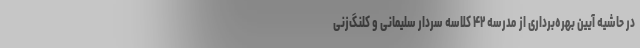
در حاشیه آیین بهره‌برداری از مدرسه ۴۲ کلاسه سردار سلیمانی و کلنگ‌زنی